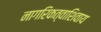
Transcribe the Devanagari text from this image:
नागरिकत्वाशिवाय